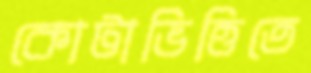
কোটাভিত্তিতে